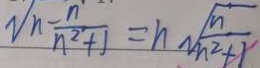
n - \frac { n } { n ^ { 2 } + 1 } = n \sqrt { \frac { n } { n ^ { 2 } + 1 } }